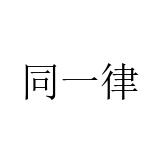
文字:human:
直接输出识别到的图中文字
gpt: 同一律